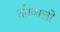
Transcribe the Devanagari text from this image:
तनेवाली